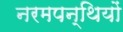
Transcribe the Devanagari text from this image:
नरमपन्थियों